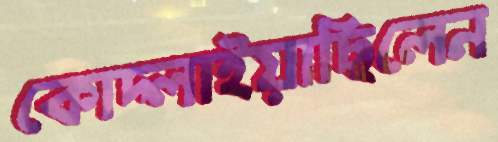
কোদ্‌লাইয়াছিলেন